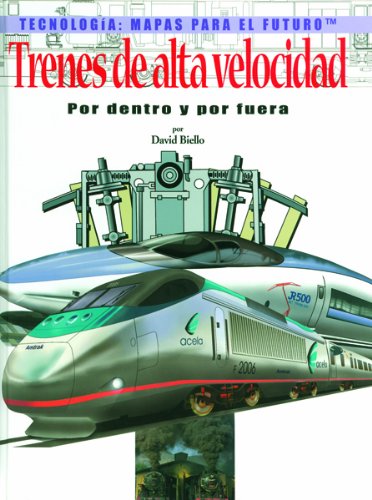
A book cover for Trenes De Alta Velocidad Por Dentro Y Por Fuera (Tecnologia: Mapas Para El Futuro) (Spanish Edition); David Biello; Teen & Young Adult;